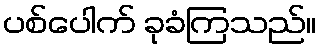
ပစ်ပေါက် ခုခံကြသည်။